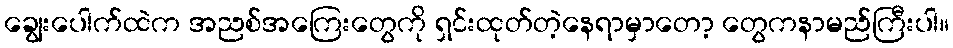
ချွေးပေါက်ထဲက အညစ်အကြေးတွေကို ရှင်းထုတ်တဲ့နေရာမှာတော့ တွေကနာမည်ကြီးပါ။